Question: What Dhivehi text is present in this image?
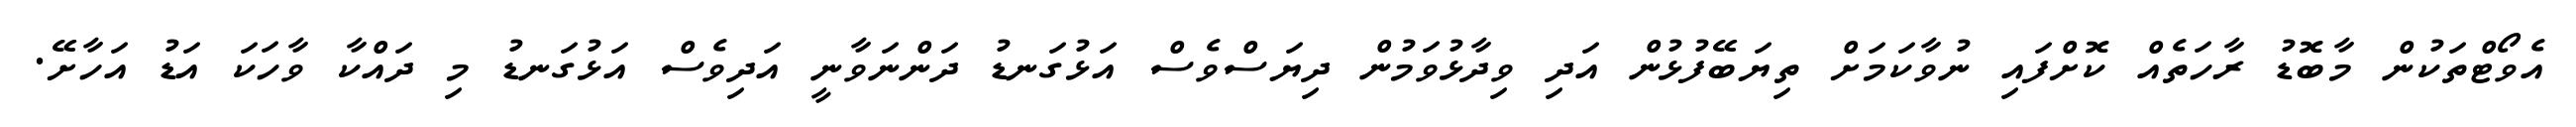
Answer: އެވޯޓްތަކުން މާބޮޑު ރާހަތެއް ކޮށްފައި ނުވާކަމަށް ތިޔަބޭފުޅުން އަދި ވިދާޅުވަމުން ދިޔަސްވެސް އަޅުގަނޑު ދަންނަވާނީ އަދިވެސް އަޅުގަނޑު މި ދައްކާ ވާހަކަ އަޑު އަހާށޭ.